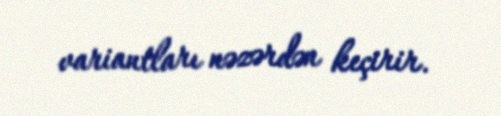
variantları nəzərdən keçirir.